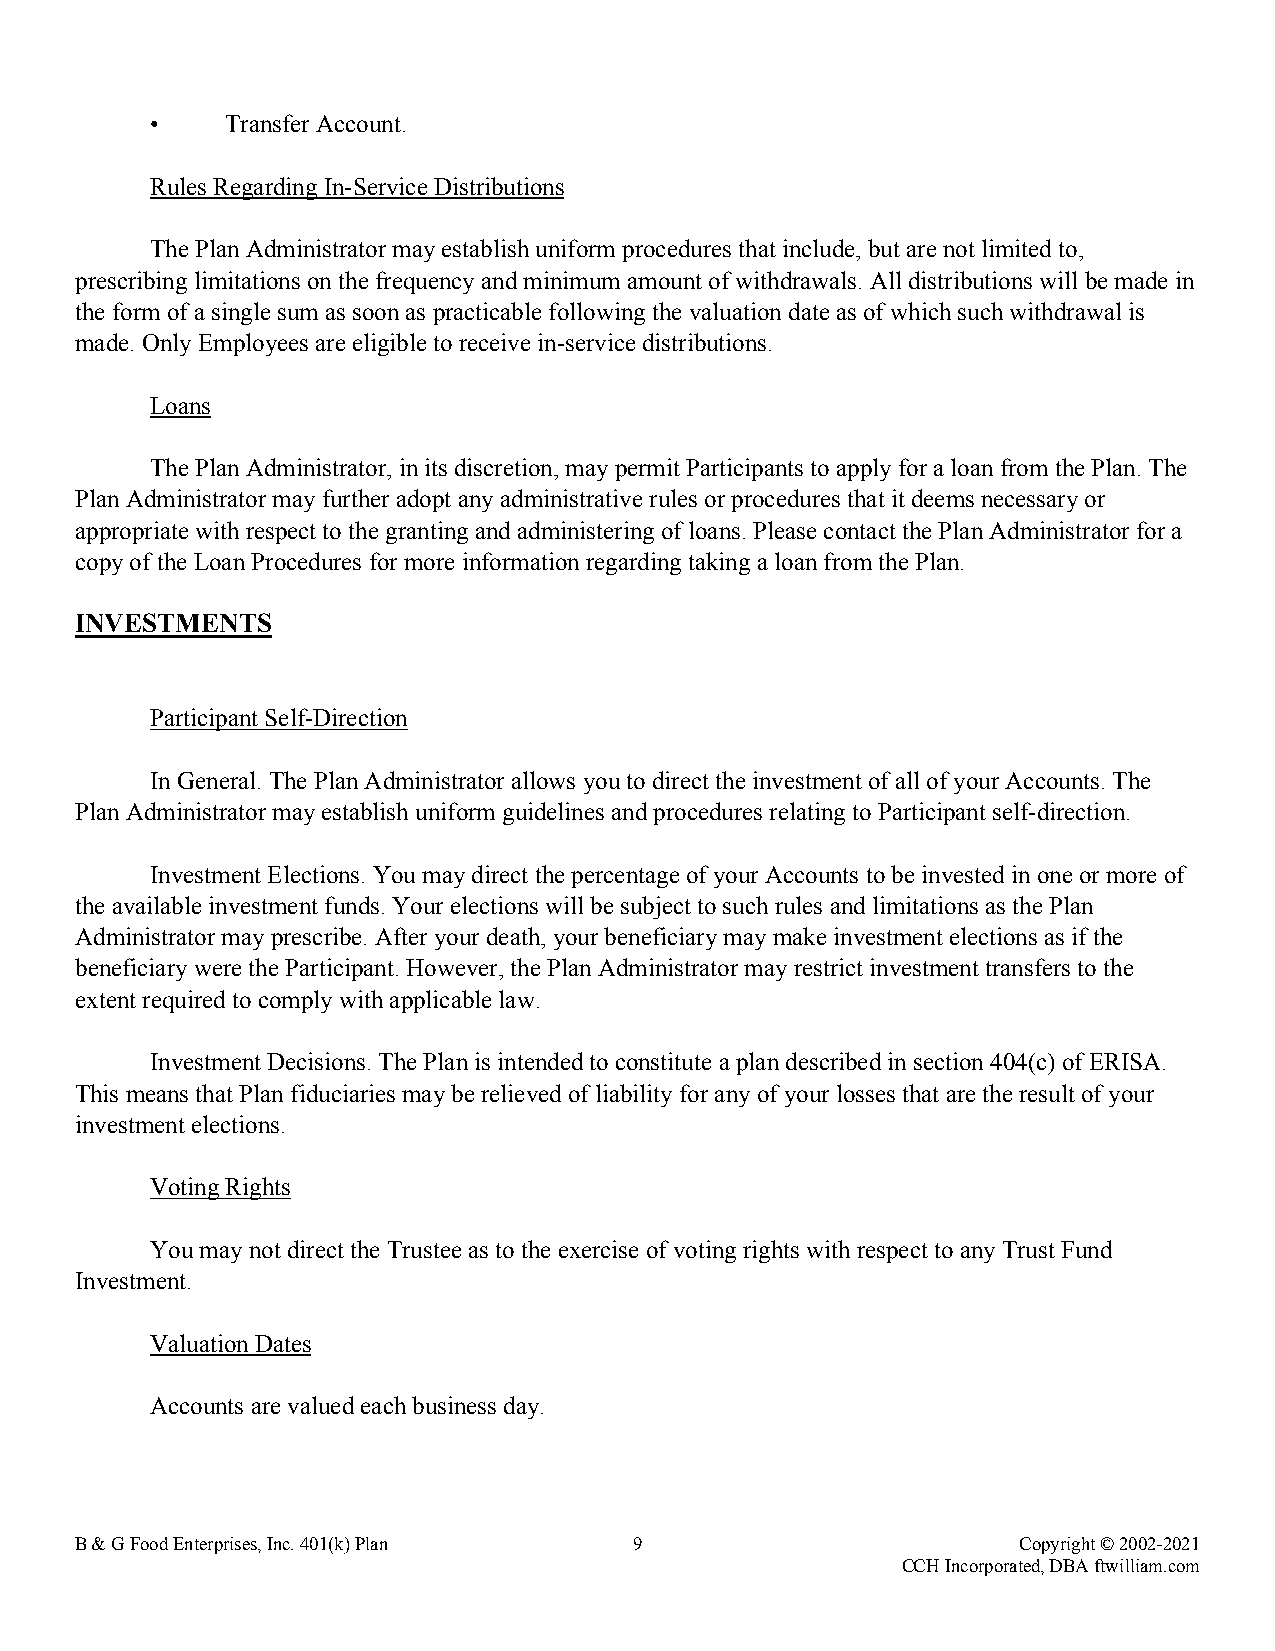
•    Transfer Account.
 Rules Regarding In-Service Distributions
 The Plan Administrator may establish uniform procedures that include, but are not limited to,
 prescribing limitations on the frequency and minimum amount of withdrawals. All distributions will be made in
 the form of a single sum as soon as practicable following the valuation date as of which such withdrawal is
 made. Only Employees are eligible to receive in-service distributions.
 Loans
 The Plan Administrator, in its discretion, may permit Participants to apply for a loan from the Plan. The
 Plan Administrator may further adopt any administrative rules or procedures that it deems necessary or
 appropriate with respect to the granting and administering of loans. Please contact the Plan Administrator for a
 copy of the Loan Procedures for more information regarding taking a loan from the Plan.
 INVESTMENTS
 Participant Self-Direction
 In General. The Plan Administrator allows you to direct the investment of all of your Accounts. The
 Plan Administrator may establish uniform guidelines and procedures relating to Participant self-direction.
 Investment Elections. You may direct the percentage of your Accounts to be invested in one or more of
 the available investment funds. Your elections will be subject to such rules and limitations as the Plan
 Administrator may prescribe. After your death, your beneficiary may make investment elections as if the
 beneficiary were the Participant. However, the Plan Administrator may restrict investment transfers to the
 extent required to comply with applicable law.
 Investment Decisions. The Plan is intended to constitute a plan described in section 404(c) of ERISA.
 This means that Plan fiduciaries may be relieved of liability for any of your losses that are the result of your
 investment elections.
 Voting Rights
 You may not direct the Trustee as to the exercise of voting rights with respect to any Trust Fund
 Investment.
 Valuation Dates
 Accounts are valued each business day.
 B & G Food Enterprises, Inc. 401(k) Plan 9                    Copyright © 2002-2021
 CCH Incorporated, DBA ftwilliam.com